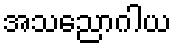
အသညောဂါယ